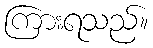
ကြားရသည်။